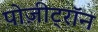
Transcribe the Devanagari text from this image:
पोज़ीट्रॉन